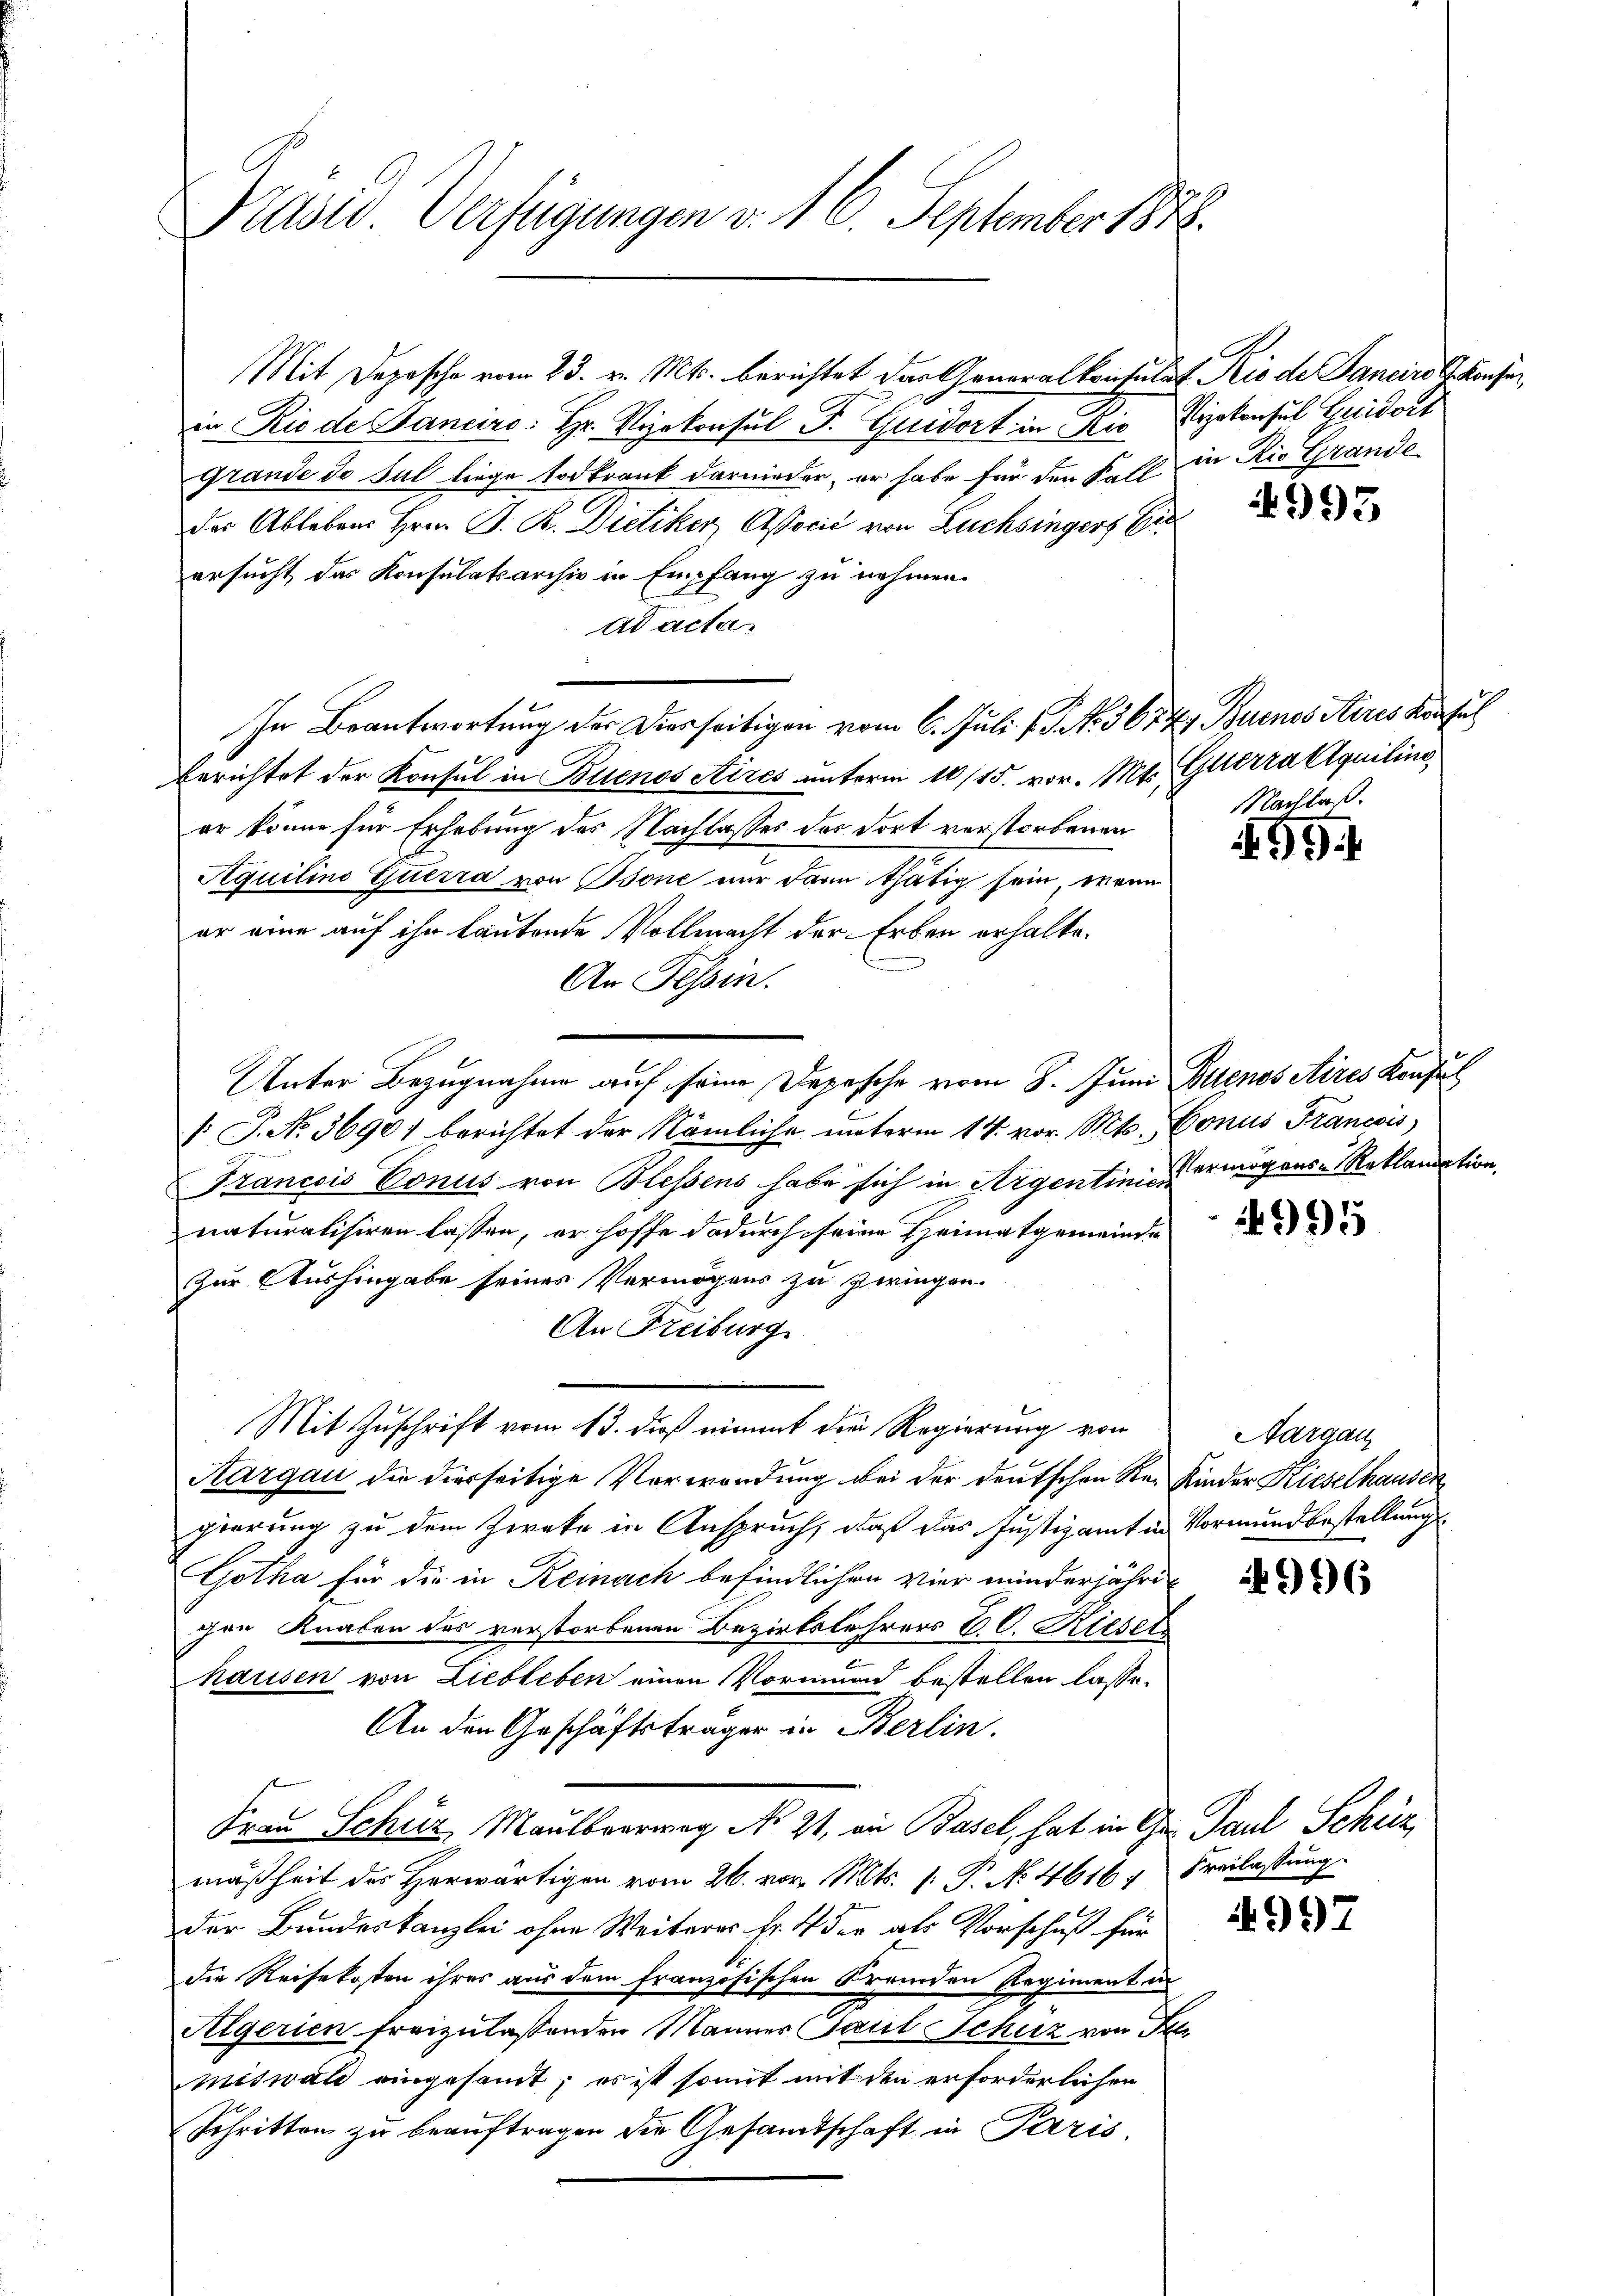
Präses Verfügungen v. 16. September 1888.

Mit Deposche vom 23. v. Mts. berichtet das Generalkonsulat Rio de Sancirs konser
in Rio de anciers: Hr. Rykonsul F. Guidort in Rio Vizekonsul Heridort
Grande de sul liege Todkrank darnieder, er habe für den Fall in Rio Grande
der Ablebens Hrn. B. R. Dietiker, Associć von Züchsingers Ei
ersucht das Konsulatsarchiv in Empfang zu nehmen.
ad acta.
In Beantwortung der Diesseitigen vom 6. Juli l. J. No. 367. 47 Buenos Aires Konsul
Berichtet der Konsul in Buenos Aires unterm 10/15. vor. Mts. Güterra liquilinier könne für Erhebung des Nachlasses des dort verstorbenen
Aquilino Querra von Osone nur dann thätig sein, wenn
er eine auf ihn lautende Vollmacht der Erben erhalte.
An Tessin.
Unter Bezugnahme auf seine Depesche vom 8. Juni Buenos Aires Konsul
/. P. No 36901 berichtet der Nämliche unterm 14. vor. Mts. Gonus Francois
Francois Conus von Blessens habe sich in Argentini ermögens-Reklandation,
naturalisiren lassen, er hoffe dadurch seine Heimatgemeinde
Zur Aushingabe seines Vermögens zu zwingen.
An Freiburg
Mit Zuschrift vom 13. dieß nimmt die Regierung von
Kargau die dierseitige Vorwordung bei der deutschen Re-Kinder Kieselhausen
gierung zu dem Zweke in Anspruch, daß das Justizamt in Vormundbestellung
Gotha für die in Reinach befindlichen Vier minderjähri
chen Knaben des verstorbenen Bezirkslehrers C. C. Kieser
hausen von Liebleben einen Vormund bestellen lasse.
An den Geschäftsträger in Berlin.
Frau Schur Maulberg No 21. an Basel, hat in Gr. Paul Schüz
mäßheit des Herwärtigen vom 26. vor. Mts. 1. P. No. 4616 u Freilassung
der Bundeskanzlei ohne Weiteres Fr. 4 der als Vorschuß für
die Reisekosten ihres aus dem französischen Fremden Regiment in
Algerien freizulassenden Manner Paul Schuz von Fel
miswald eingesamt; es ist somit mit den erforderlichen
Schritten zu beauftragen die Gesamtschaft in Paris

4995

Nachlaß.

499.

4995

Aargau

996

4997